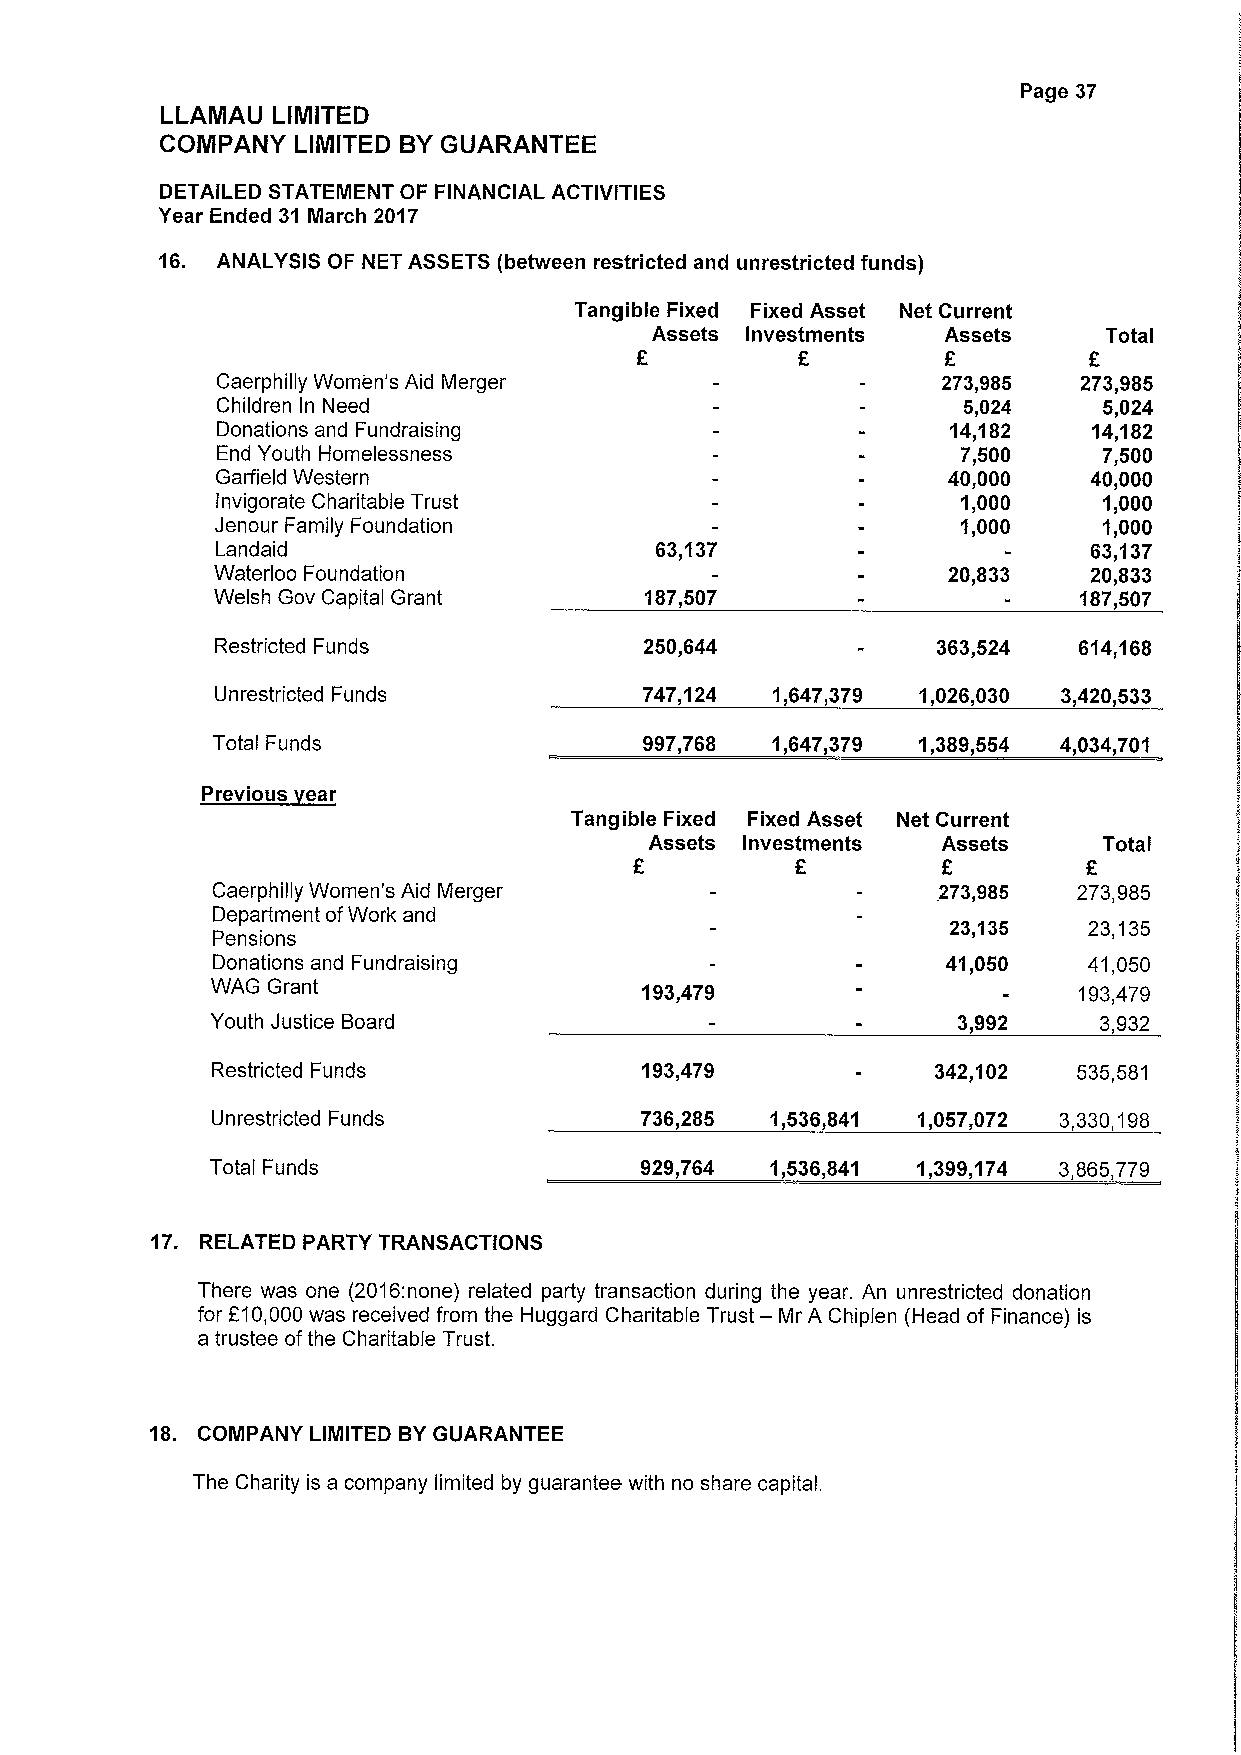
Page 37
 LLAMAU LIMITED
 COMPANY LIMITED BYGUARANTEE
 DETAILED STATEMENT OF FINANCIAL ACTIVITIES
 Year Ended 31 March 2017
 16. ANALYSIS OF NET ASSETS (between restricted and unrestricted funds)
 Tangible Fixed Fixed Asset Net Current
 Assets Investments Assets     Total
 F          E                  F
 Caerphilly Women's Aid Merger                   273,985  273,985
 Children In Need                                  5,024    5,024
 Donations and Fundraising                        14,182   14,182
 End Youth Homelessness                            7,500    7,500
 Garfield Western                                 40,000   40,000
 invigorate Charitable Trust                       1,000    1,000
 Jenour Family Foundation                          1„000    1,000
 Landaid                      63,137                       63,137
 Waterloo Foundation                              20„833   20,833
 Welsh Gov Capital Grant      187,507                     187,507
 Restricted Funds             250,644            363,524  614,168
 Unrestricted Funds           747,124 1,647,379 1,026,030 3,420,533
 Total Funds                  997,768 1,647,379 1,389,554 4,034,701
 Tangible Fixed Fixed Asset Net Current
 Assets Investments Assets     Total
 E
 Caerphilly Women's Aid Merger                   273,985  273,985
 Department ofWork and
 23,135   23,135
 Pensions
 Donations and Fundraising                        41,050   41,050
 WAG Grant                   193,479                      193,479
 Youth Justice Board                              3,992     3,932
 Restricted Funds            193,479             342,102  535,581
 Unrestricted Funds          736,285  1,536,841 1,057,072 3,330,198
 Total Funds                 929„764  1,536,841 1,399,174 3,865,779
 17. RELATED PARTY TRANSACTIONS
 There was one (2016:none) related party transaction during the year. An unrestricted donation
 for 210,000was received from the Huggard Charitable Trust — Mr A Chiplen (Head of Finance) is
 a trustee ofthe Charitable Trust.
 18. COMPANY LIMITED BYGUARANTEE
 The Charity is a company limited by guarantee with no share capital.